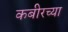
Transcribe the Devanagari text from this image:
कबीरच्या